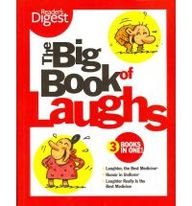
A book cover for Big Book of Laughs: Three Books in One!Laughter, The Best Medicine; Humor in UniformLaughter Really Is the Best Medicine; Editors of Reader's Digest; Humor & Entertainment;